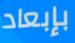
بإبعاد